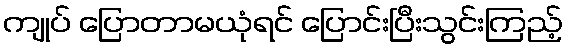
ကျုပ် ပြောတာမယုံရင် ပြောင်းပြီးသွင်းကြည့်